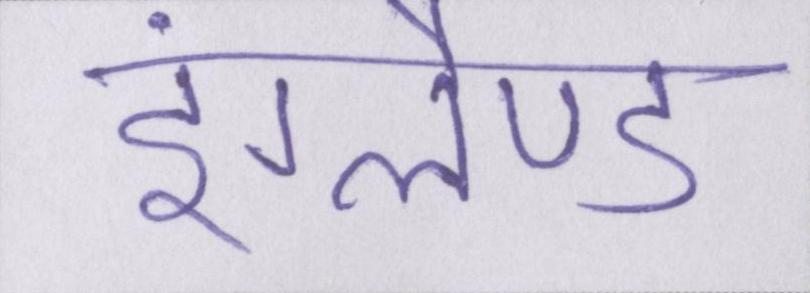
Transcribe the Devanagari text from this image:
इंग्लैण्ड